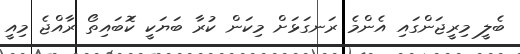
ބެލީ މިރީޖަންގައި އެންމެ ރަނގަޅަށް މިކަން ކުރާ ބަޔަކީ ކޮަބައިތޯ ރާއްޖެ މިއީ